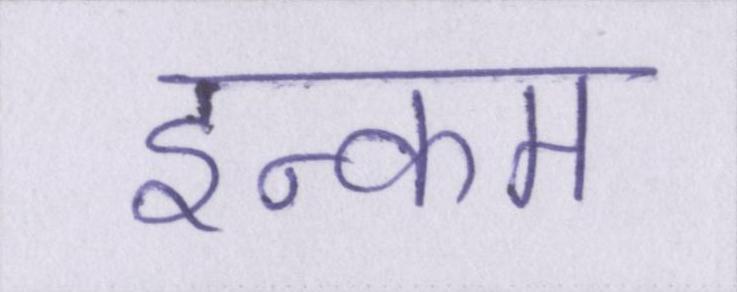
इन्कम